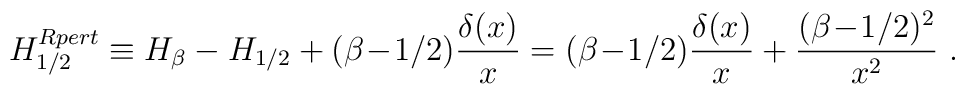
H^{Rpert}_{1/2} \equiv H_\beta - H_{1/2} + (\beta \! - \! 1/2) {\delta(x) \over x} = (\beta \! - \! 1/2) {\delta(x) \over x}+ { (\beta \! - \! 1/2)^2 \over x^2} ~.